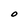
Character: O